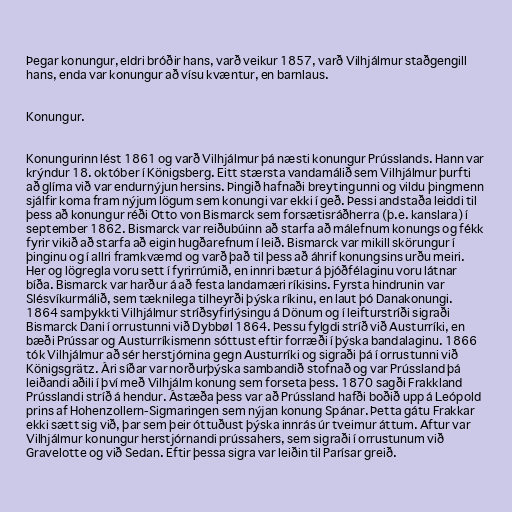
Þegar konungur, eldri bróðir hans, varð veikur 1857, varð Vilhjálmur staðgengill
hans, enda var konungur að vísu kvæntur, en barnlaus.

Konungur.

Konungurinn lést 1861 og varð Vilhjálmur þá næsti konungur Prússlands. Hann var
krýndur 18. október í Königsberg. Eitt stærsta vandamálið sem Vilhjálmur þurfti
að glíma við var endurnýjun hersins. Þingið hafnaði breytingunni og vildu þingmenn
sjálfir koma fram nýjum lögum sem konungi var ekki í geð. Þessi andstaða leiddi til
þess að konungur réði Otto von Bismarck sem forsætisráðherra (þ.e. kanslara) í
september 1862. Bismarck var reiðubúinn að starfa að málefnum konungs og fékk
fyrir vikið að starfa að eigin hugðarefnum í leið. Bismarck var mikill skörungur í
þinginu og í allri framkvæmd og varð það til þess að áhrif konungsins urðu meiri.
Her og lögregla voru sett í fyrirrúmið, en innri bætur á þjóðfélaginu voru látnar
bíða. Bismarck var harður á að festa landamæri ríkisins. Fyrsta hindrunin var
Slésvíkurmálið, sem tæknilega tilheyrði þýska ríkinu, en laut þó Danakonungi.
1864 samþykkti Vilhjálmur stríðsyfirlýsingu á Dönum og í leifturstríði sigraði
Bismarck Dani í orrustunni við Dybbøl 1864. Þessu fylgdi stríð við Austurríki, en
bæði Prússar og Austurríkismenn sóttust eftir forræði í þýska bandalaginu. 1866
tók Vilhjálmur að sér herstjórnina gegn Austurríki og sigraði þá í orrustunni við
Königsgrätz. Ári síðar var norðurþýska sambandið stofnað og var Prússland þá
leiðandi aðili í því með Vilhjálm konung sem forseta þess. 1870 sagði Frakkland
Prússlandi stríð á hendur. Ástæða þess var að Prússland hafði boðið upp á Leópold
prins af Hohenzollern-Sigmaringen sem nýjan konung Spánar. Þetta gátu Frakkar
ekki sætt sig við, þar sem þeir óttuðust þýska innrás úr tveimur áttum. Aftur var
Vilhjálmur konungur herstjórnandi prússahers, sem sigraði í orrustunum við
Gravelotte og við Sedan. Eftir þessa sigra var leiðin til Parísar greið.